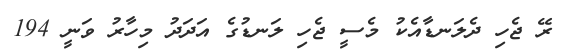
ރޭ ޖެހި ދެލަނޑާއެކު މެސީ ޖެހި ލަނޑުގެ އަދަދު މިހާރު ވަނީ 194